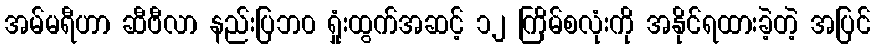
အမ်မရီဟာ ဆီဗီလာ နည်းပြဘ၀ ရှုံးထွက်အဆင့် ၁၂ ကြိမ်စလုံးကို အနိုင်ရထားခဲ့တဲ့ အပြင်